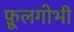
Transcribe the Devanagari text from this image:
फ़ूलगोभी